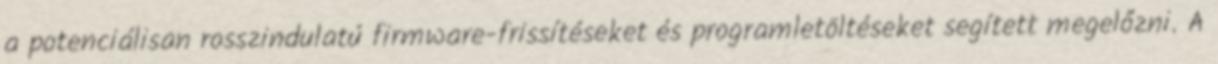
a potenciálisan rosszindulatú firmware-frissítéseket és programletöltéseket segített megelőzni. A